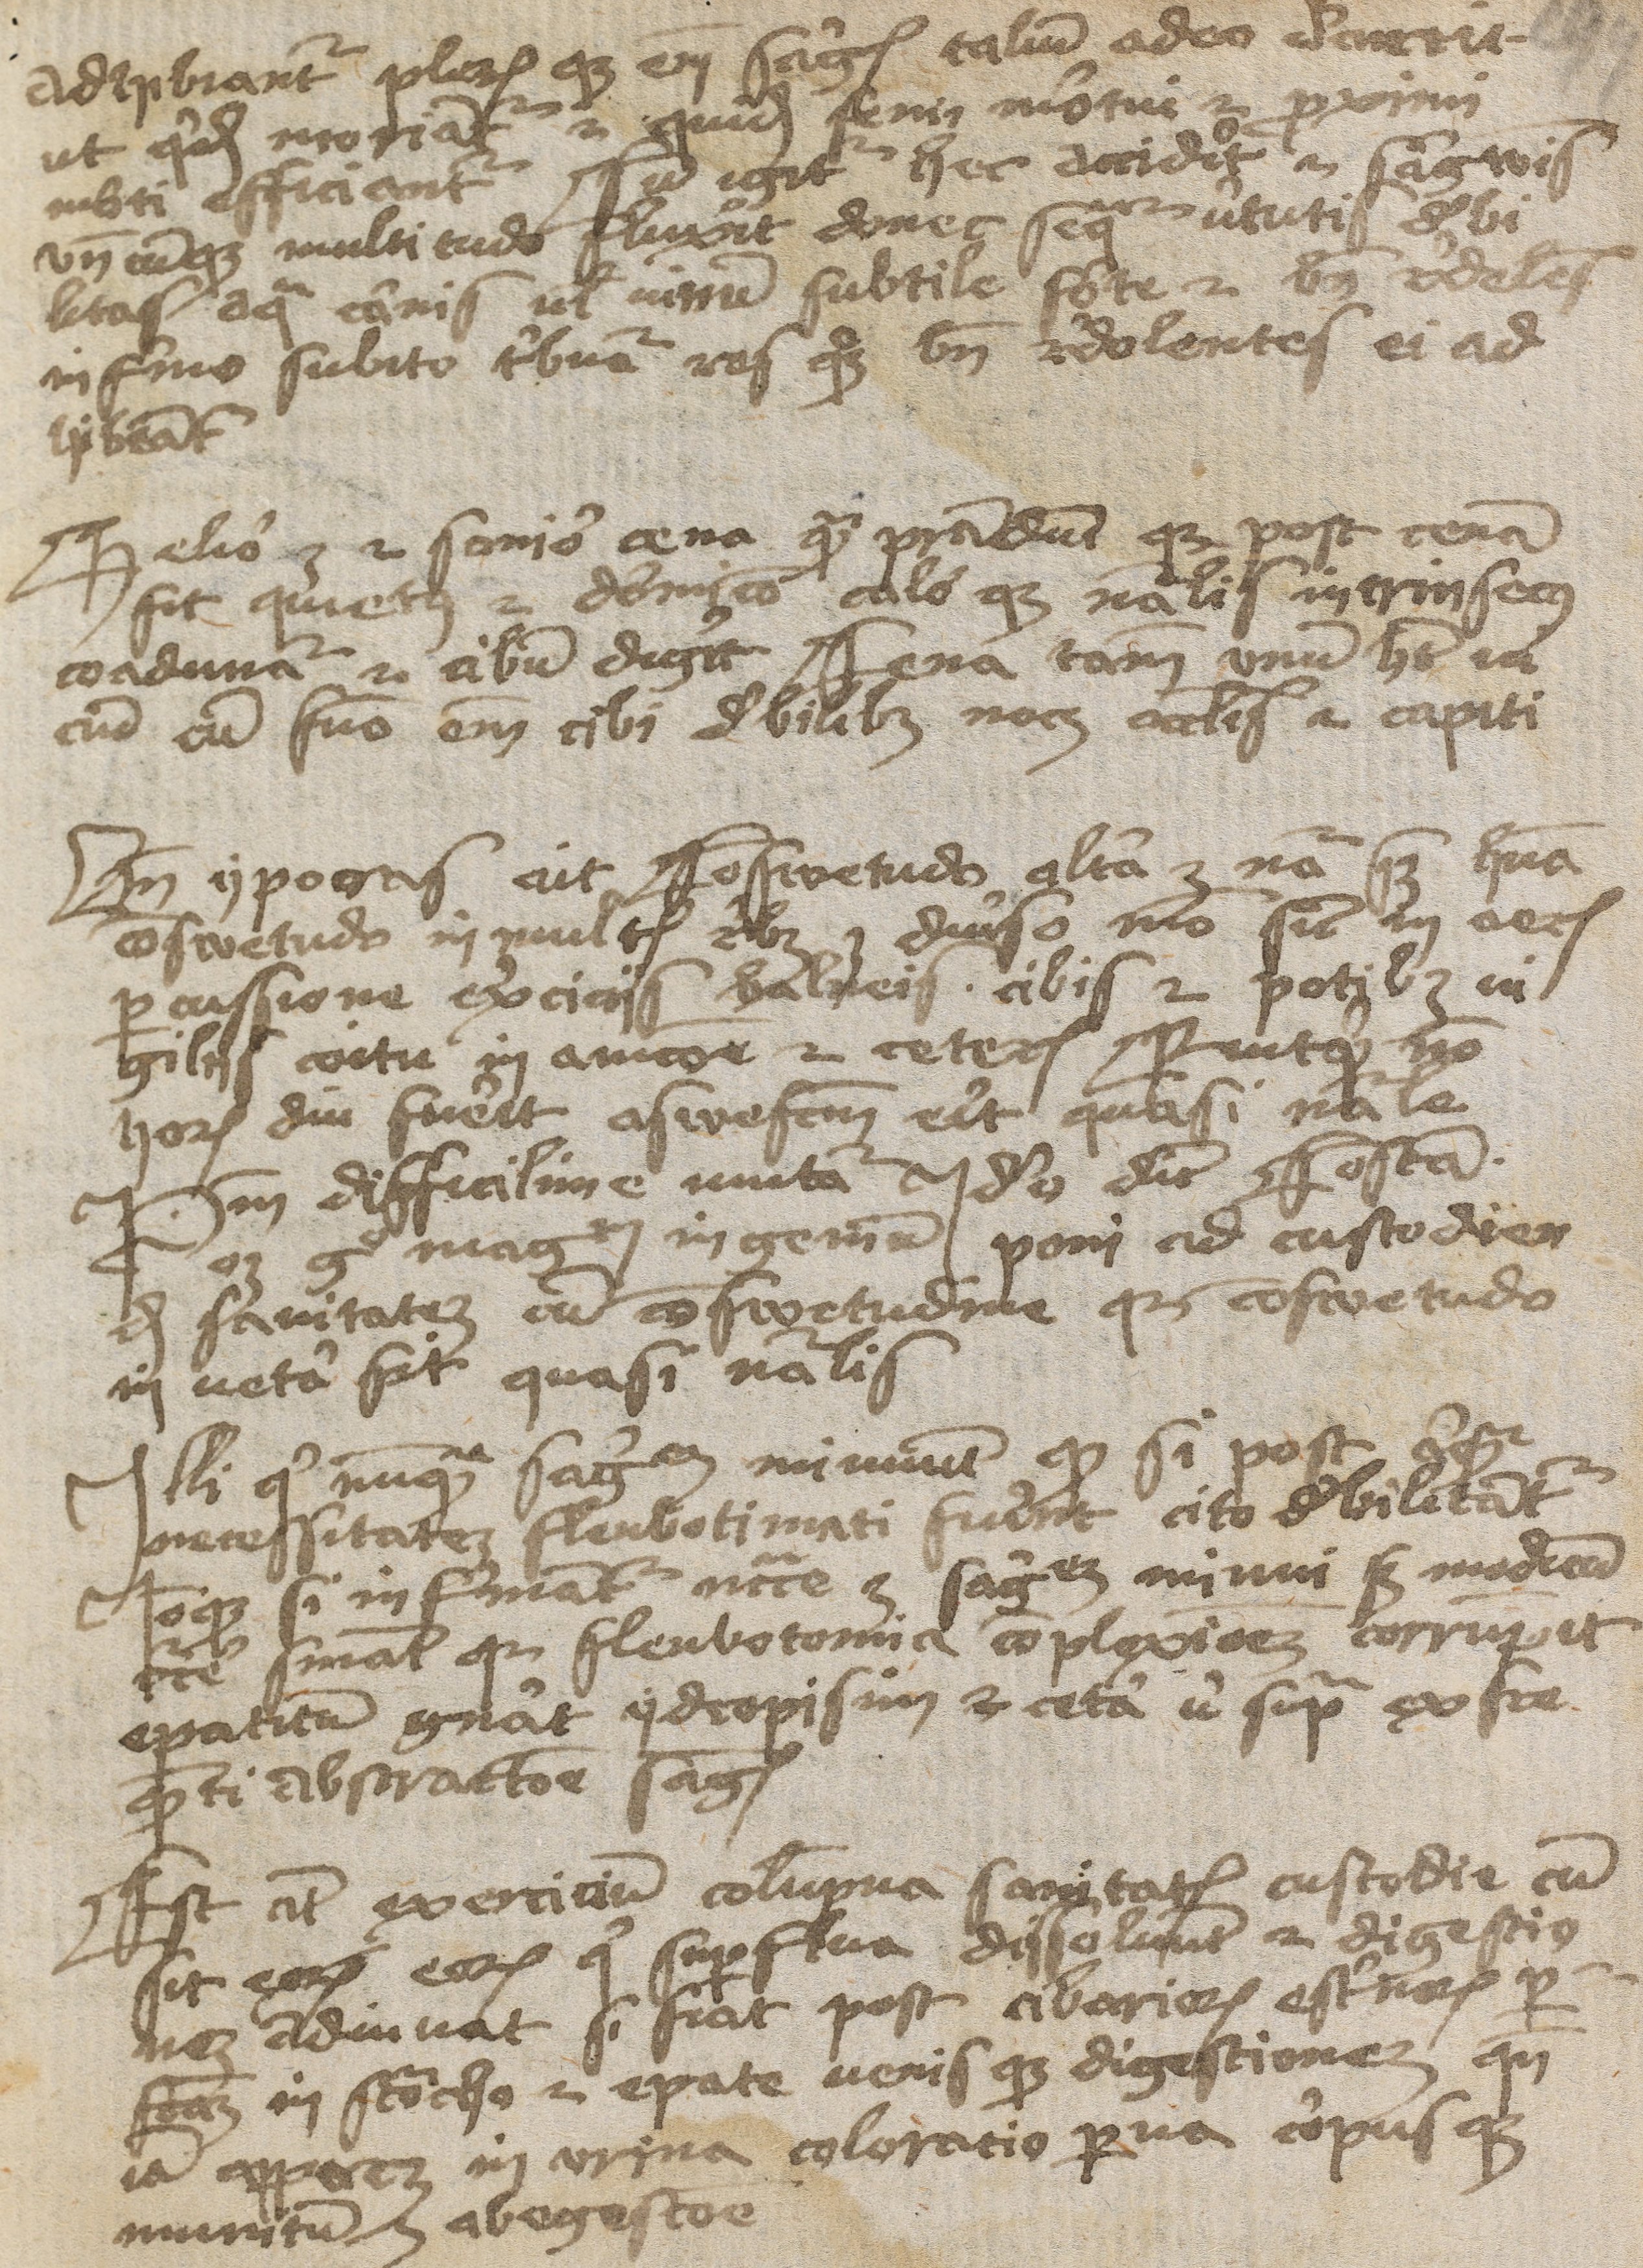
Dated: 1400–1424